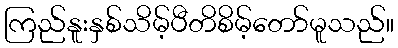
ကြည်နူးနှစ်သိမ့်ပီတိစိမ့်တော်မူသည်။